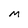
Character: M